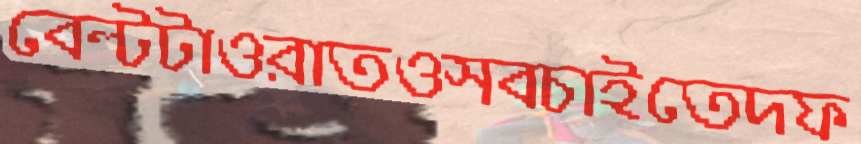
বেল্টটাওরাতওসবচাইতেদফ